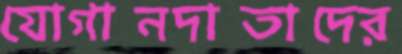
যোগানদাতাদের